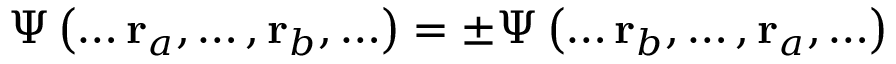
\Psi \left( \ldots \mathbf { r } _ { a } , \ldots , \mathbf { r } _ { b } , \ldots \right) = \pm \Psi \left( \ldots \mathbf { r } _ { b } , \ldots , \mathbf { r } _ { a } , \ldots \right)